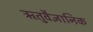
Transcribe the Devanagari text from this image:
ऋतुवैज्ञानिक